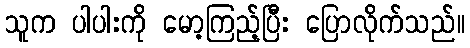
သူက ပါပါးကို မော့ကြည့်ပြီး ပြောလိုက်သည်။